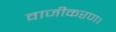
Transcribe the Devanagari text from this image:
वाजीकरण।